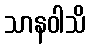
သာနဝါသိ